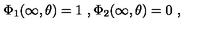
\Phi _ { 1 } ( \infty , \theta ) = 1 \ , \Phi _ { 2 } ( \infty , \theta ) = 0 \ ,